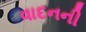
વાદનની